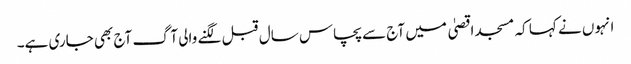
انہوں نے کہا کہ مسجد اقصیٰ میں آج سے پچاس سال قبل لگنے والی آگ آج بھی جاری ہے۔